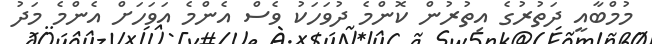
މުމްބާއީ ދަތުރުގެ އިތުރުން ކޮންމެ ދުވަހަކު ވެސް އެންމެ އަވަހަށް އެންމެ މަދު